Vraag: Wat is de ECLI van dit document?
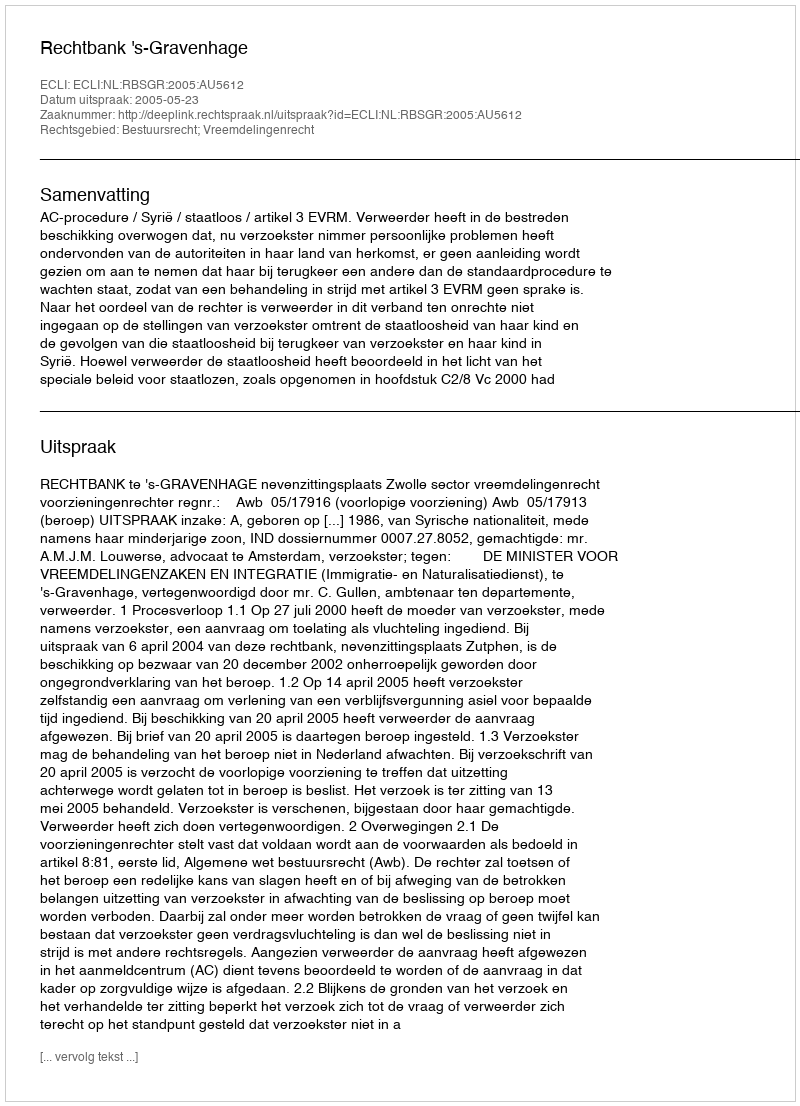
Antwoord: ECLI:NL:RBSGR:2005:AU5612